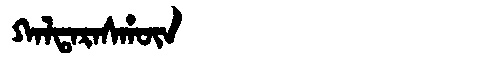
Manchu: ᡴᠠᠯᡨᠠᡵᠠᠰᡥᡡᠨ
Romanization: KALTARASHŪN